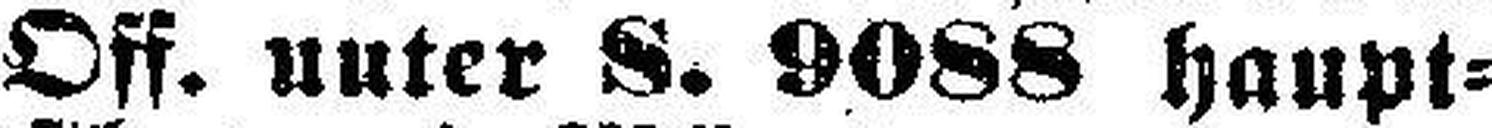
Off. unter S. 9088 haupt¬